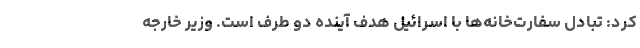
کرد: تبادل سفارت‌خانه‌ها با اسرائیل هدف آینده دو طرف است. وزیر خارجه